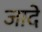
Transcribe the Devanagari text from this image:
जादे